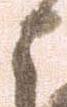
に